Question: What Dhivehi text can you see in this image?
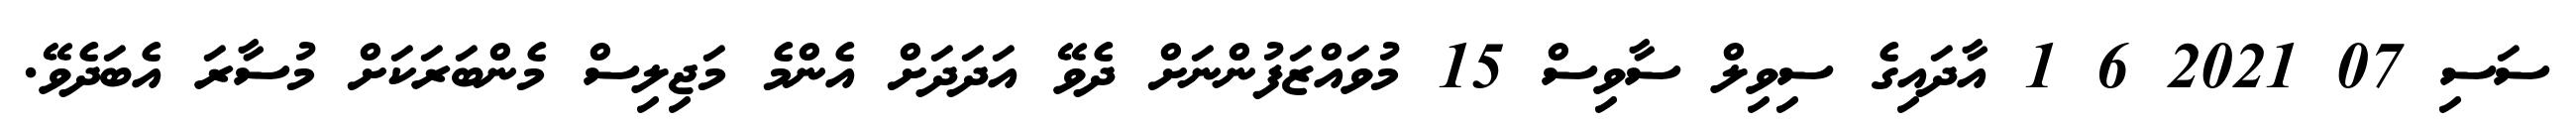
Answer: ސަސި 07 2021 6 1 އާދައިގެ ސިވިލް ސާވިސް 15 މުވައްޒަފުންނަށް ދެވޭ އަދަދަށް އެންމެ މަޖިލިސް މެންބަރަކަށް މުސާރަ އެބަދެވޭ.